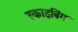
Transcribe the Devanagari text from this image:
क्लाइबिंग